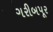
ગરીબપૂર